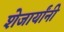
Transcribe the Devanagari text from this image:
शेजार्यांनी